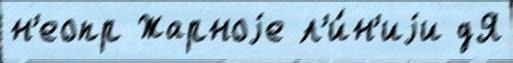
н'еопр Жарноjе л'и́н'иjи дЯ